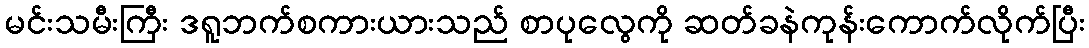
မင်းသမီးကြီး ဒရူဘက်စကားယားသည် စာပုလွေကို ဆတ်ခနဲကုန်းကောက်လိုက်ပြီး